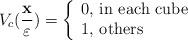
LaTeX: \begin{gather*}V_{c}(\frac{\displaystyle \mathbf{x}}{\displaystyle \varepsilon})=\left\{\begin{array}{l} 0, \, \hbox{in each cube}\\ 1, \, \hbox{others}\end{array}\right.\end{gather*}